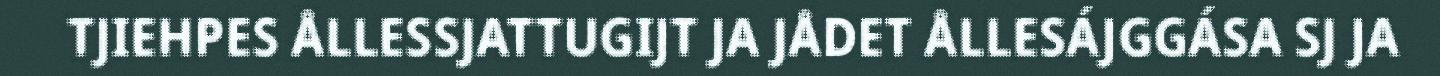
TJIEHPES ÅLLESSJATTUGIJT JA JÅDET ÅLLESÁJGGÁSA SJ JA